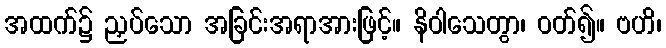
အထက်၌ ညှပ်သော အခြင်းအရာအားဖြင့်။ နိဝါသေတွာ၊ ဝတ်၍။ ဗဟိ၊